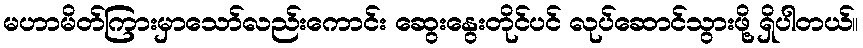
မဟာမိတ်ကြားမှာသော်လည်းကောင်း ဆွေးနွေးတိုင်ပင် လုပ်ဆောင်သွားဖို့ ရှိပါတယ်။